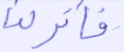
فأنزلنا